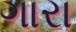
ગારા